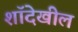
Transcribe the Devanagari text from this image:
शॉदेखील